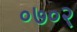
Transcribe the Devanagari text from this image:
०७०२